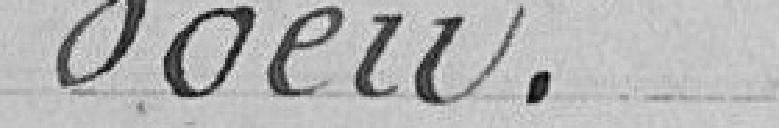
Voeu